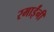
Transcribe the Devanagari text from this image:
रमाईंनी